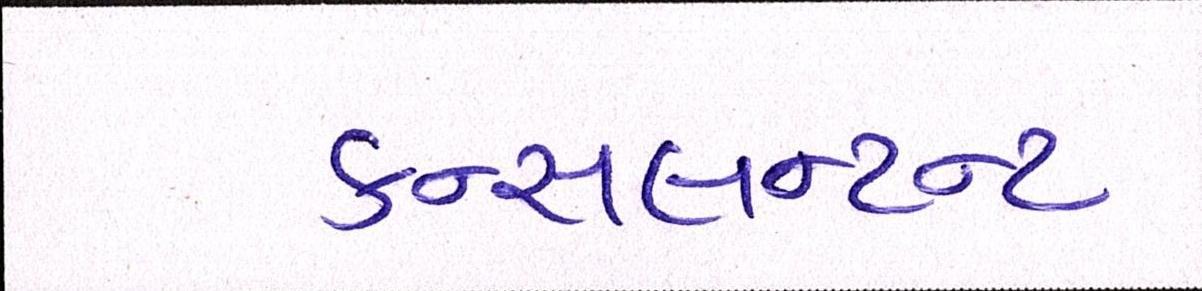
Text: કન્સલન્ટન્ટ